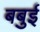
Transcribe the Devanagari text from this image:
बबुई